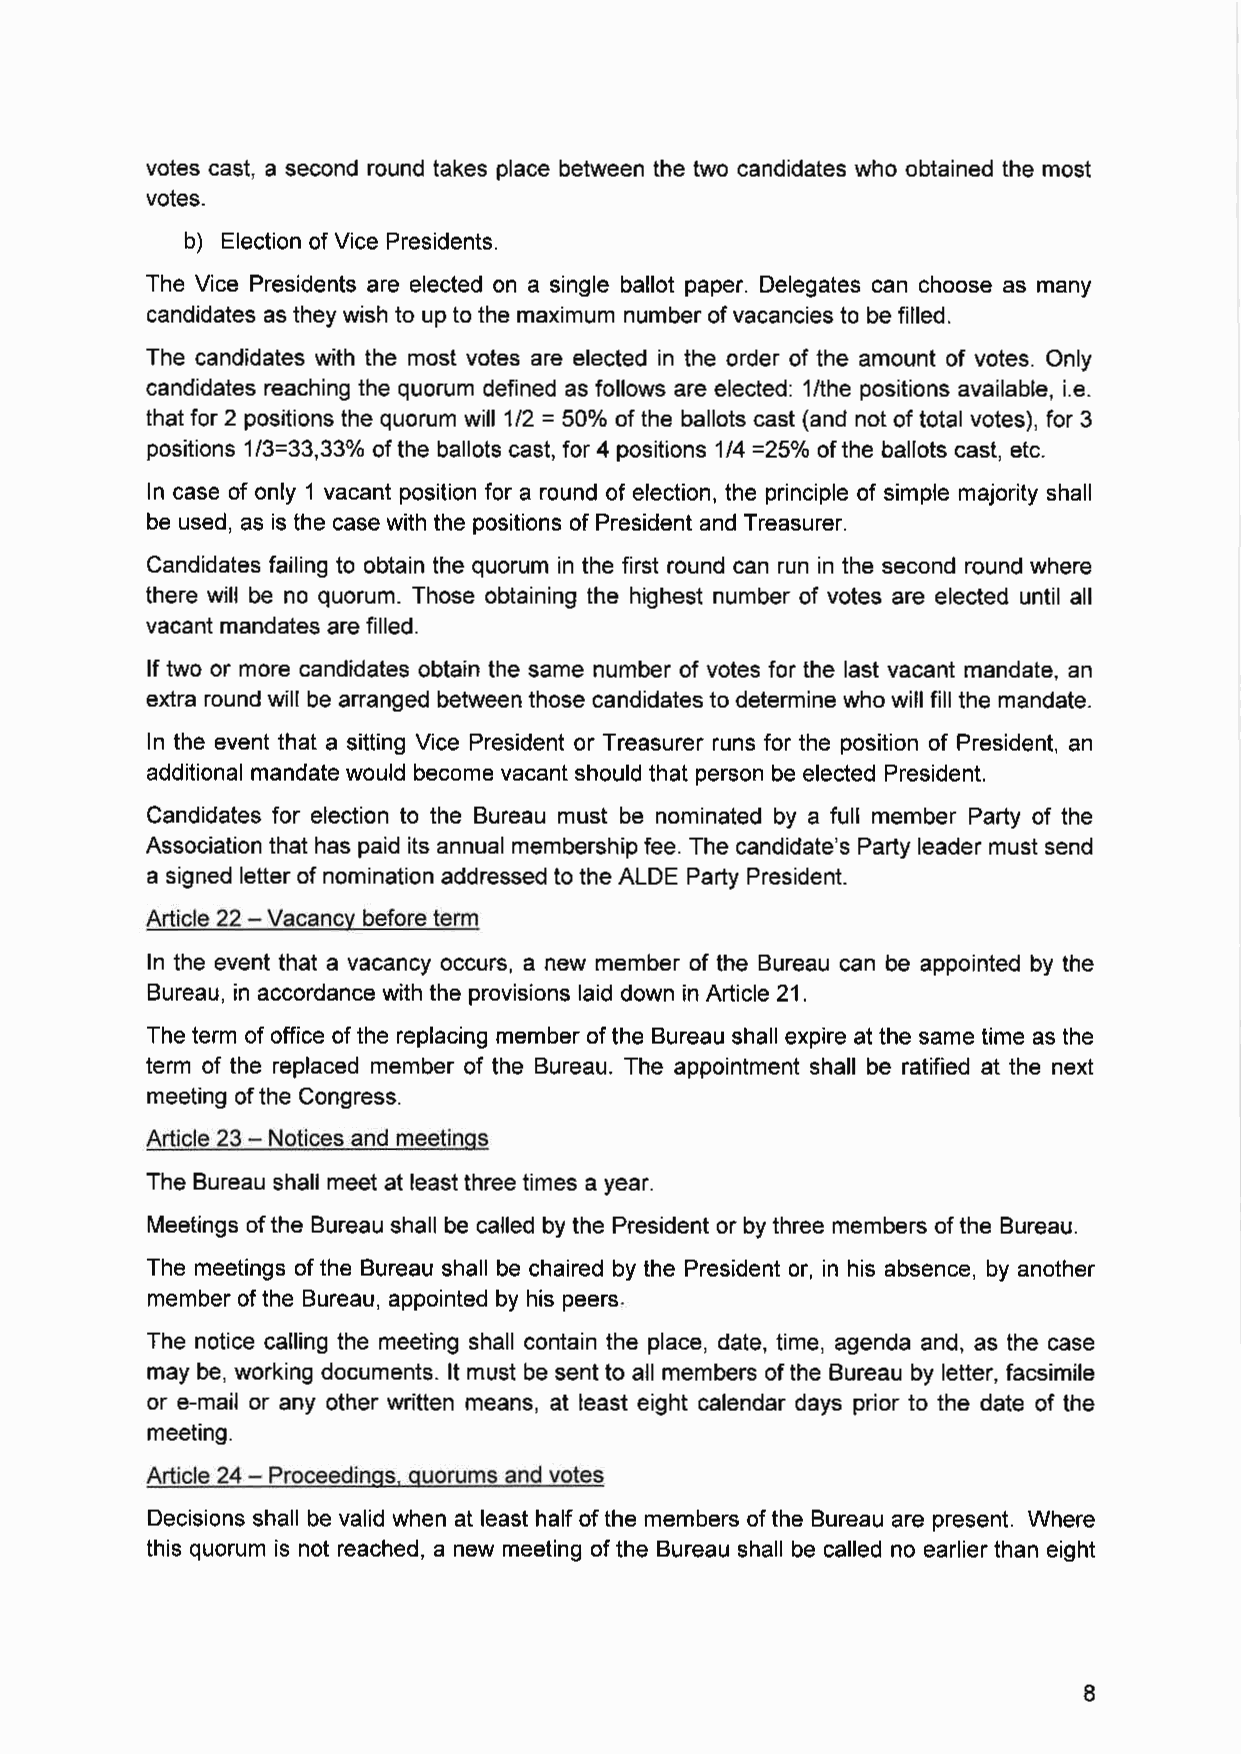
votes cast, a second round takes place between the two candidates who obtained the most
 votes.
 b) Election of Vice Presidents.
 The Vice Presidents are elected on a single ballot paper. Delegates can choose as many
 candidates as they wish to up to the maximum number of vacancies to be filled.
 The candidates with the most votes are elected in the order of the amount of votes. Only
 candidates reaching the quorum defined as follows are elected: 1/the positions available, i.e.
 that for 2 positions the quorum will 1/2 = 50% of the ballots cast (and not of total votes), for 3
 positions 1 /3=33, 33% of the ballots cast, for 4 positions 1 /4 =25% of the ballots cast, etc.
 In case of only 1 vacant position for a round of election, the principle of simple majority shall
 be used, as is the case with the positions of President and Treasurer.
 Candidates failing to obtain the quorum in the first round can run in the second round where
 there will be no quorum. Those obtaining the highest number of votes are elected until all
 vacant mandates are filled.
 If two or more candidates obtain the same number of votes for the last vacant mandate, an
 extra round will be arranged between those candidates to determine who will fill the mandate.
 In the event that a sitting Vice President or Treasurer runs for the position of President, an
 additional mandate would become vacant should that person be elected President.
 Candidates for election to the Bureau must be nominated by a full member Party of the
 Association that has paid its annual membership fee. The candidate's Party leader must send
 a signed letter of nomination addressed to the ALOE Party President.
 Article 22 - Vacancy before term
 In the event that a vacancy occurs, a new member of the Bureau can be appointed by the
 Bureau, in accordance with the provisions laid down in Article 21.
 The term of office of the replacing member of the Bureau shall expire at the same time as the
 term of the replaced member of the Bureau. The appointment shall be ratified at the next
 meeting of the Congress.
 Article 23 - Notices and meetings
 The Bureau shall meet at least three times a year.
 Meetings of the Bureau shall be called by the President or by three members of the Bureau.
 The meetings of the Bureau shall be chaired by the President or, in his absence, by another
 member of the Bureau, appointed by his peers.
 The notice calling the meeting shall contain the place, date, time, agenda and, as the case
 may be, working documents. It must be sent to all members of the Bureau by letter, facsimile
 or e-mail or any other written means, at least eight calendar days prior to the date of the
 meeting.
 Article 24 - Proceedings, quorums and votes
 Decisions shall be valid when at least half of the members of the Bureau are present. Where
 this quorum is not reached, a new meeting of the Bureau shall be called no earlier than eight
 8